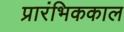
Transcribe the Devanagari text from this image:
प्रारंभिककाल